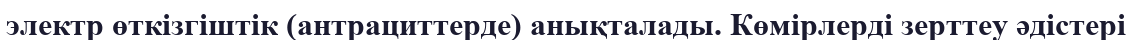
электр өткізгіштік (антрациттерде) анықталады. Көмірлерді зерттеу әдістері